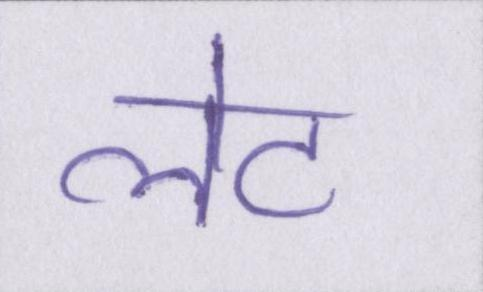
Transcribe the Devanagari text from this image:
लेट